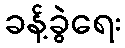
ခန့်ခွဲရေး